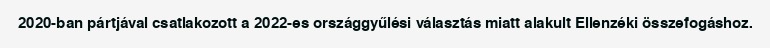
2020-ban pártjával csatlakozott a 2022-es országgyűlési választás miatt alakult Ellenzéki összefogáshoz.